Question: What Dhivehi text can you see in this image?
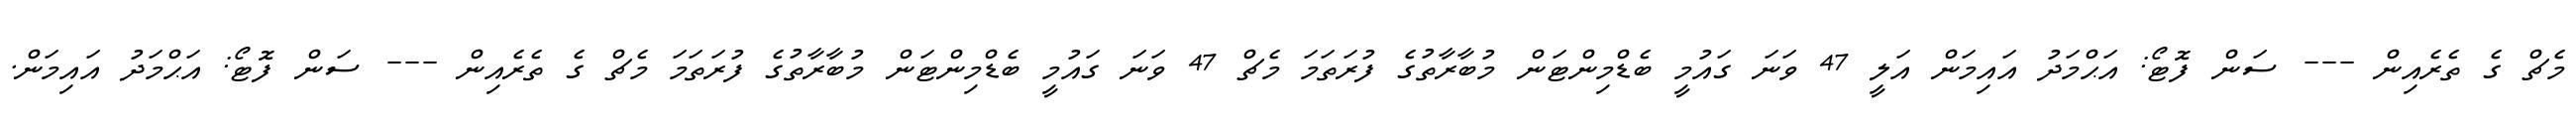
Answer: މެޗް ގެ ތެރެއިން --- ސަން ފޮޓޯ: އަޙްމަދު އައިމަން އަލީ 47 ވަނަ ގައުމީ ބެޑްމިންޓަން މުބާރާތުގެ ފުރަތަމަ މެޗް 47 ވަނަ ގައުމީ ބެޑްމިންޓަން މުބާރާތުގެ ފުރަތަމަ މެޗް ގެ ތެރެއިން --- ސަން ފޮޓޯ: އަޙްމަދު އައިމަން.